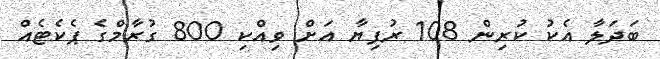
ބަދަލާ އެކު ކުރިން 108 ރުފިޔާ އަށް ވިއްކި 800 ގުރާމްގެ ޕެކެޓެއް